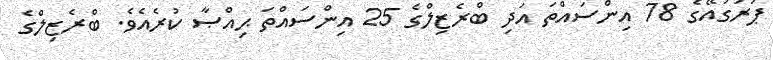
ޕަރަގުއޭގެ 78 އިންސައްތަ އަދި ބްރެޒިލްގެ 25 އިންސައްތަ ޙިއްޞާ ކުރެއެވެ. ބްރެޒިލްގެ